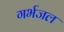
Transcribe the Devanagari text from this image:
गर्भजल